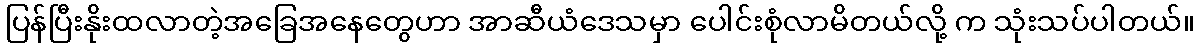
ပြန်ပြီးနိုးထလာတဲ့အခြေအနေတွေဟာ အာဆီယံဒေသမှာ ပေါင်းစုံလာမိတယ်လို့ က သုံးသပ်ပါတယ်။